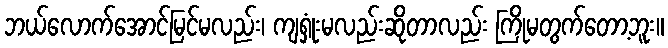
ဘယ်လောက်အောင်မြင်မလည်း၊ ကျရှုံးမလည်းဆိုတာလည်း ကြိုမတွက်တော့ဘူး။